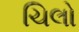
ચિલો